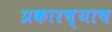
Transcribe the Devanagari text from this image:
प्रकारच्याच